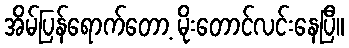
အိမ်ပြန်ရောက်တော့ မိုးတောင်လင်းနေပြီ။